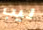
ليب